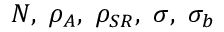
N , \ \rho _ { A } , \ \rho _ { S R } , \ \sigma , \ \sigma _ { b }